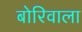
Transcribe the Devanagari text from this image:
बोरिवाला